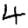
Digit: 4